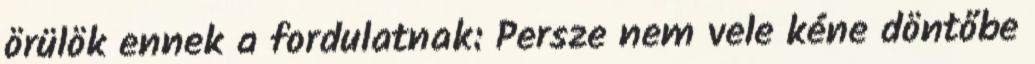
örülök ennek a fordulatnak: Persze nem vele kéne döntőbe